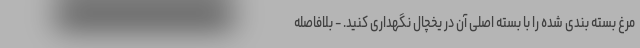
مرغ بسته بندی شده را با بسته اصلی آن در یخچال نگهداری کنید. - بلافاصله